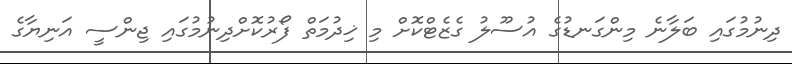
ދިނުމުގައި ބަލާނެ މިންގަނޑުގެ އުސޫލު ގެޒެޓްކޮށް މި ޚިދުމަތް ފޯރުކޮށްދިނުމުގައި ޖިންސީ އަނިޔާގެ